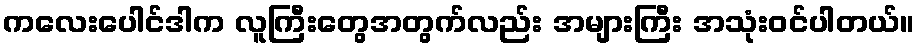
ကလေးပေါင်ဒါက လူကြီးတွေအတွက်လည်း အများကြီး အသုံးဝင်ပါတယ်။